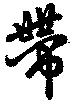
帯